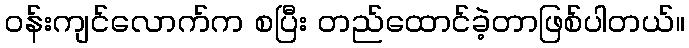
ဝန်းကျင်လောက်က စပြီး တည်ထောင်ခဲ့တာဖြစ်ပါတယ်။